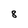
Character: 8